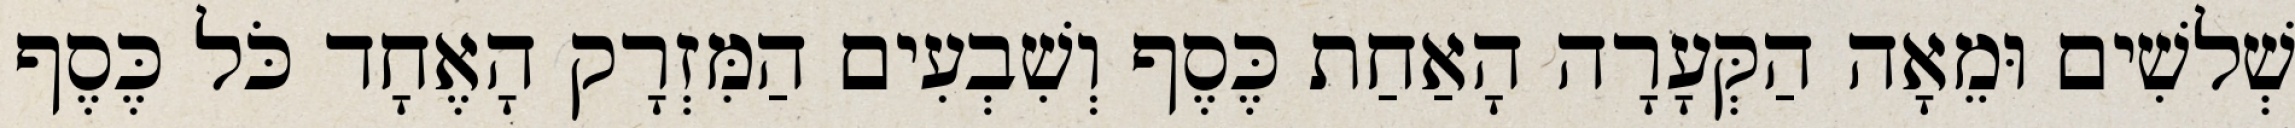
שְׁלשִׁים וּמֵאָה הַקְּעָרָה הָאַחַת כֶּסֶף וְשִׁבְעִים הַמִּזְרָק הָאֶחָד כֹּל כֶּסֶף